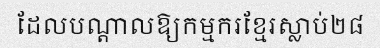
ដែលបណ្តាលឱ្យកម្មករខ្មែរស្លាប់២៨